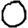
Digit: 0